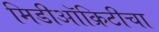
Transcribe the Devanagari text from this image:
मिडीऑक्रिटीचा